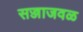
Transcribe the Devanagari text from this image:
सज्जाजवळ